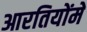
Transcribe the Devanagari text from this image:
आरतियोंमें